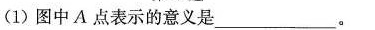
(1)图中A点表示的意义是___。